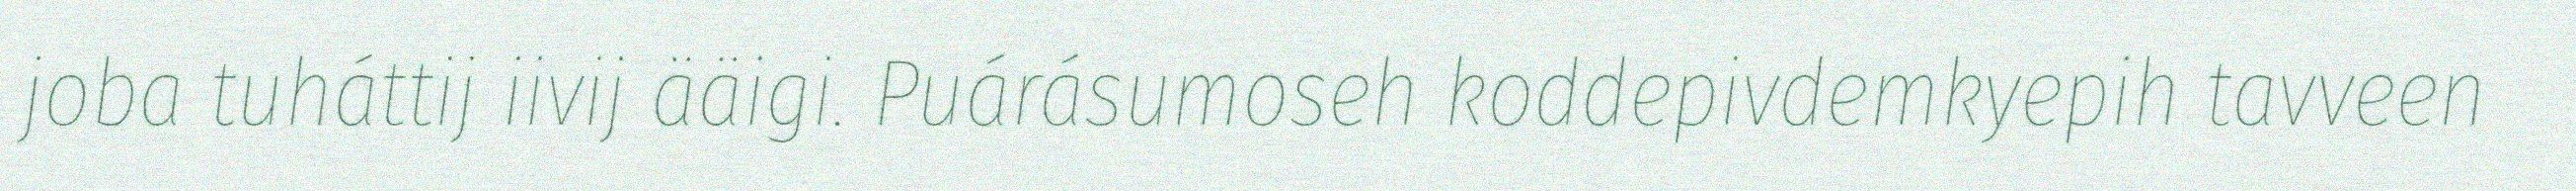
joba tuháttij iivij ääigi. Puárásumoseh koddepivdemkyepih tavveen